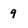
Character: 9